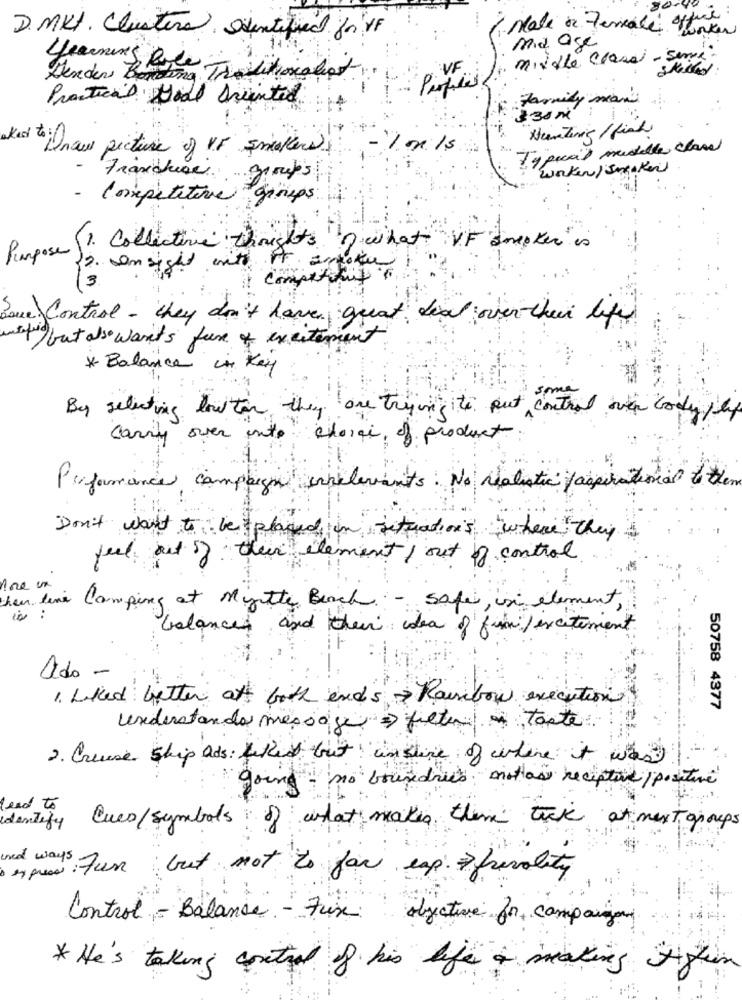
D.MKI. Clustera, eventifred.fr VF
Male or Female Jonker
ma age
middle class - seme
VF
Skilled
Dender Bonding Traditionalist
Perfiles
Practical Goal Oriented
Family man
$30 M
Hunting / fish
Draw picture of Vs Encallers
Typical mustelle clase
Worker / Smaker
Franchisei.
groups
Competitive groups:
1. Collective thoughts ?what
VF smoker is
Purpose )
for ansight with it andother
3
Some Control - they don't have great deal over their life
to but also wants face of excitement
* Balance in Key
By selecting low ton they are trying to put control over body fly
carry over into charge of product
Performance campaign inrelevants. No realistic /aspirational the
Don't want to be placed on situations where they
feel out of their element out of control
then time Camping at Mitte Beach - safe, in element,
is :
balances and their idea of fim/ excitement
Ado
1. Liked better at both ends Rainbow execution
50758 4377
understanda message => filter taste
2. Creuse ship ads: Liked but instive of where it was
going = no boundaries motas receptive / positive
lead to
Cucs/symbols of what makes them tack at mext groups
identify
es press.
und was fun but not to far esp. frivolity
Control - Balance - Fixe objective for companyand
* He's taking control of his life + making Sistem